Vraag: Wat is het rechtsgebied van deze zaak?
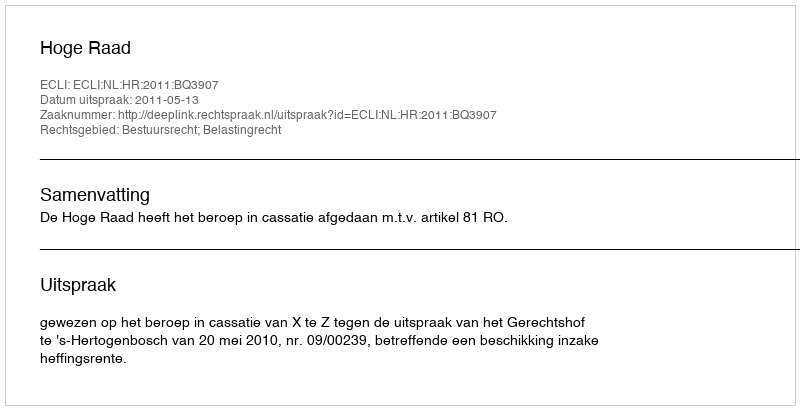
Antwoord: Bestuursrecht; Belastingrecht